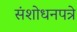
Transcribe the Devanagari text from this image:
संशोधनपत्रे